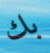
بك